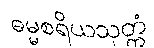
ဓမ္မစရိယသုတ္တံ